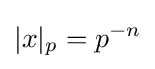
|x|_{p}=p^{-n}